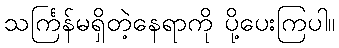
သင်္ကြန်မရှိတဲ့နေရာကို ပို့ပေးကြပါ။